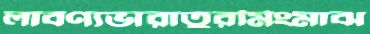
লাবণ্যভারাতুরমিংমাঝ